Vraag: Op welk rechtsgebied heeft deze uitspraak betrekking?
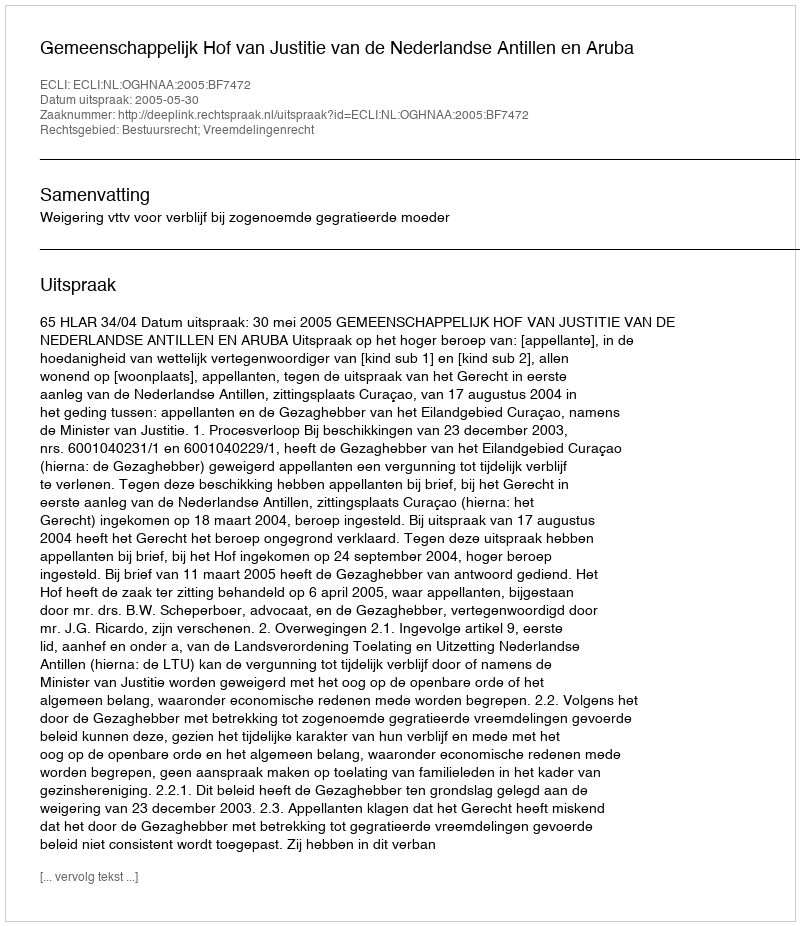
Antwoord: Bestuursrecht; Vreemdelingenrecht